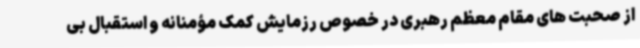
از صحبت های مقام معظم رهبری در خصوص رزمایش کمک مؤمنانه و استقبال بی